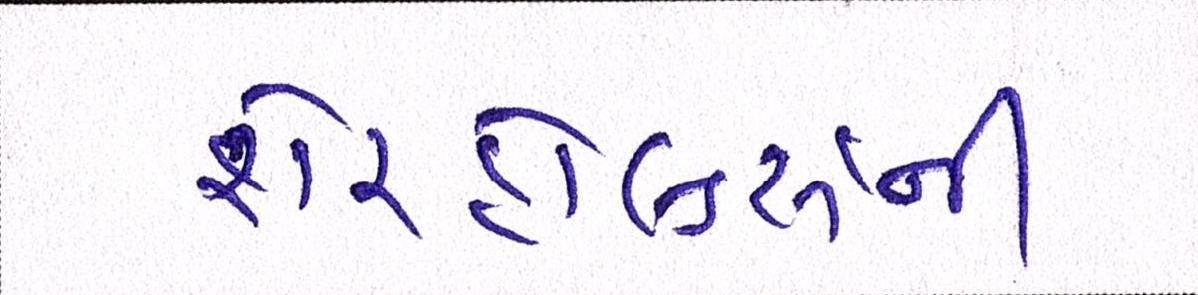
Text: શેરહોલ્ડર્સની